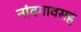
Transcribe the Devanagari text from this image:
नांदगावसह